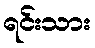
ရင်းသား